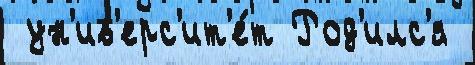
 ун'ив'ерс'ит'е́т Род'илс'я